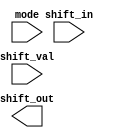
/*
  mode table
  1 0 | OP
  ----------
  0 0 | SLL 
  0 1 | SRA
  1 0 | ROR
  1 1 | *
*/

module shifter
(
    input [15:0] shift_in,
    input [3:0] shift_val,
    input [1:0] mode,
    output [15:0] shift_out 
);



endmodule